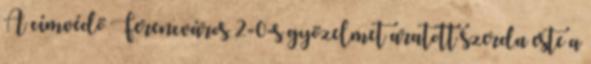
A címvédő Ferencváros 2-0-s győzelmet aratott szerda este a